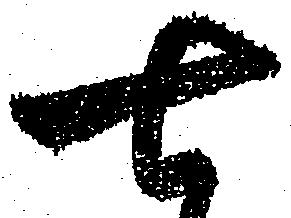
七